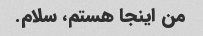
من اینجا هستم، سلام.